Vaccination in the Punjab 1905-1918 - 1905-1918
Year: 1905
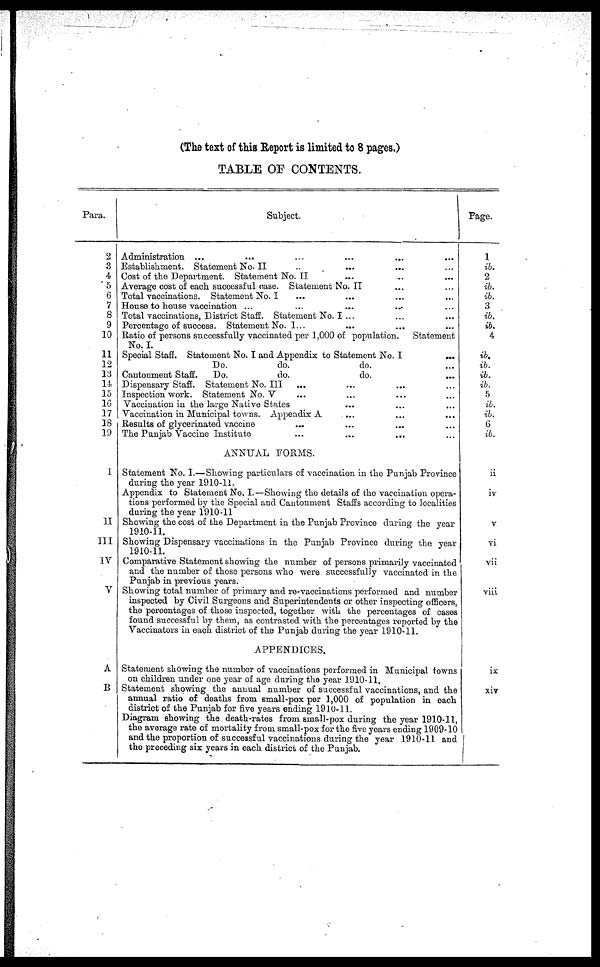
(The text of this Report is limited to 8 pages.)
TABLE OF CONTENTS.
Para.
2
3
4
5
6
7
8
9
10
11
12
13
14
15
16
17
18
19
I
II
III
IV
V
A
B
Subject.
Administration ... ... ... ... ... ...
Establishment. Statement No. II ... ... ... ...
Cost of the Department. Statement No. II ... ... ...
Average cost of each, successful case. Statement No. II ... ...
Total vaccinations. Statement No. I ... ... ... ...
House to house vaccination ... ... ... ... ...
Total vaccinations, District Staff. Statement No. I ... ... ... ...
Percentage of success. Statement No. I ... ... ... ...
Ratio of persons successfully vaccinated per 1,000 of population.
Statement
No. I.
Special Staff. Statement No. I and Appendix to Statement No. I ...
Do.
do.
do. ...
Cantonment Staff.
Do.
do.
do.
...
Dispensary Staff. Statement No. III ... ... ... ...
Inspection work. Statement No. V ... ... ... ...
Vaccination in the large Native States ... ... ...
Vaccination in Municipal towns. Appendix A ... ... ...
Results of glycerinated vaccine ... ... ... ...
The Punjab Vaccine Institute ... ... ... ...
ANNUAL FORMS.
Statement No. I.—Showing particulars of vaccination in the Punjab Province
during the year 1910-11.
Appendix to Statement No. I.—Showing the details of the vaccination opera-
tions performed by the Special and Cantonment Staffs according to localities
during the year 1910-11
Showing the cost of the Department in the Punjab Province during the year
1910-11.
Showing Dispensary vaccinations in the Punjab Province during the year
1910-11.
Comparative Statement showing the number of persons primarily vaccinated
and the number of those persons who were successfully vaccinated in the
Punjab in previous years.
Showing total number of primary and re-vaccinations performed and number
inspected by Civil Surgeons and Superintendents or other inspecting officers,
the percentages of those inspected, together with the percentages of cases
found successful by them, as contrasted with the percentages reported by the
Vaccinators in each district of the Punjab during the year 1910-11.
APPENDICES.
Statement showing the number of vaccinations performed in Municipal towns
on children under one year of age during the year 1910-11.
Statement showing the annual number of successful vaccinations, and the
annual ratio of deaths from small-pox per 1,000 of population in each
district of the Punjab for five years ending 1910-11.
Diagram showing the death-rates from small-pox during the year 1910-11,
the average rate of mortality from small-pox for the five years ending 1909-10
and the proportion of successful vaccinations during the year 1910-11 and
the preceding six years in each district of the Punjab.
Page.
1
ib.
2
ib.
ib.
3
ib.
ib.
4
ib.
ib.
ib.
ib.
5
ib.
ib.
6
ib.
ii
iv
v
vi
vii
viii
ix
xiv